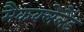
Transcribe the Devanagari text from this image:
मैकक्लेलैंड